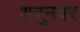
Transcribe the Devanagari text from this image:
शत्रूनवर